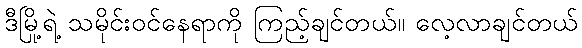
ဒီမြို့ရဲ့ သမိုင်းဝင်နေရာကို ကြည့်ချင်တယ်။ လေ့လာချင်တယ်